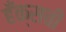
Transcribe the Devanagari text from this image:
हँक्सची